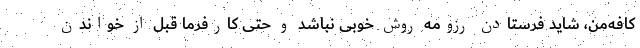
کافه‌من، شاید فرستادن رزومه روش خوبی نباشد و حتی کارفرما قبل از خواندن